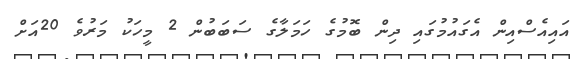
އައިއެސްއިން އެގައުމުގައި ދިން ބޮމުގެ ހަމަލާގެ ސަބަބުން 2 މީހަކު މަރުވެ 20އަށް